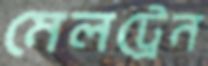
মেলট্রেন